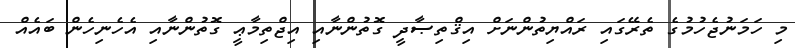
މި ހަމަނުޖެހުމުގެ ތެރޭގައި ރައްޔިތުންނަށް އިޤްތިޞާދީ ގޮތުންނާއި އިޖްތިމާޢީ ގޮތުންނާއި އެހެނިހެން ބައެއް